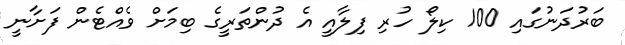
ބަރުދަނުގައި 100 ކިލޯ ހުރި ފިލާއީ އެ ދުންތަރީގެ ބިމަށް ވެއްޓެން ފަށާނީ